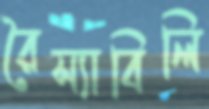
রৈস্যাবিলি